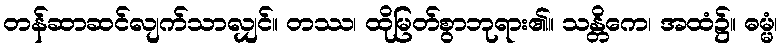
တန်ဆာဆင်လျက်သာလျှင်။ တဿ၊ ထိုမြတ်စွာဘုရား၏။ သန္တိကေ၊ အထံ၌။ ဓမ္မံ၊